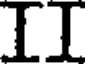
II